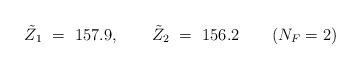
\begin{align*} \tilde{Z}_1 \ =\ 157.9, \qquad \tilde{Z}_2 \ =\ 156.2 \qquad (N_F=2)\end{align*}